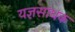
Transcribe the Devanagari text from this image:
यज्ञसाधक